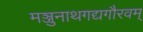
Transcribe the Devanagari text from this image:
मञ्जुनाथगद्यगौरवम्